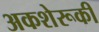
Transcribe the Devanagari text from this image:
अकशेरूकी